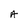
Character: a